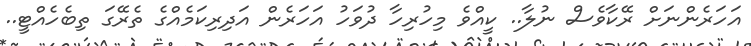
އަހަރެންނަށް ރޭކާވެސް ނުލާ.. ކީއްވެ މިހުރިހާ ދުވަހު އަހަރެން އަދިރިކަމެއްގެ ތެރޭގަ ތިބެހެއްޓީ..